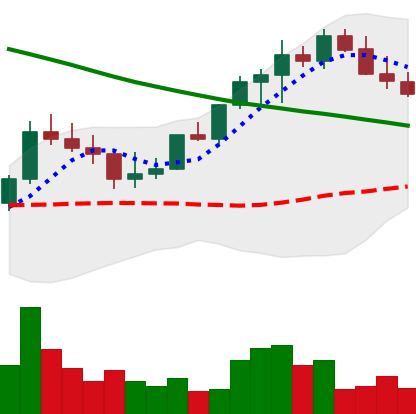
Ticker: LINK-USD
Chart end date: 2022-08-16
Forward return: -16.293%
Label: down_7plus